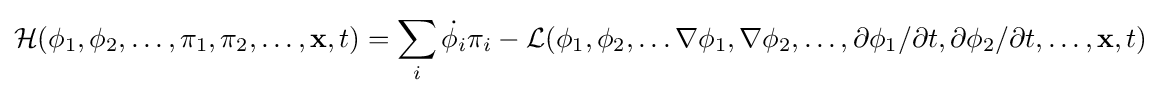
{\mathcal {H}}(\phi _{1},\phi _{2},\ldots ,\pi _{1},\pi _{2},\ldots ,\mathbf {x} ,t)=\sum _{i}{\dot {\phi _{i}}}\pi _{i}-{\mathcal {L}}(\phi _{1},\phi _{2},\ldots \nabla \phi _{1},\nabla \phi _{2},\ldots ,\partial \phi _{1}/\partial t,\partial \phi _{2}/\partial t,\ldots ,\mathbf {x} ,t)